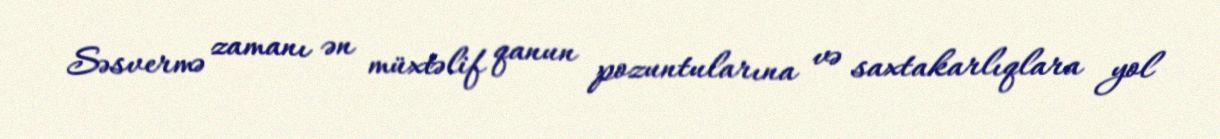
Səsvermə zamanı ən müxtəlif qanun pozuntularına və saxtakarlıqlara yol